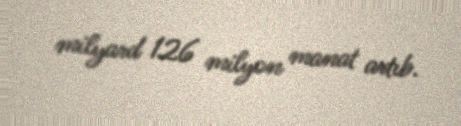
milyard 126 milyon manat artıb.